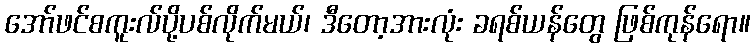
အော်ဖင်စကူးလ်ပို့ပစ်လိုက်မယ်၊ ဒီတော့အားလုံး ခရစ်ယန်တွေ ဖြစ်ကုန်ရော။